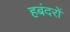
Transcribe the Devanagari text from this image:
हबंदरों